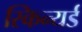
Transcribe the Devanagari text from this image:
स्किन्यर्ड